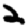
Digit: 2